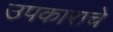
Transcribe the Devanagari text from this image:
उपकाराचे